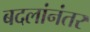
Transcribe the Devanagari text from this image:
बदलांनंतर